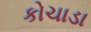
કોચાડા